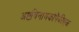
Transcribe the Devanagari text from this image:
अष्टविनायकांपैकीएक